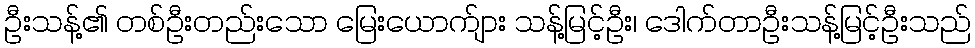
ဦးသန့်၏ တစ်ဦးတည်းသော မြေးယောက်ျား သန့်မြင့်ဦး၊ ဒေါက်တာဦးသန့်မြင့်ဦးသည်